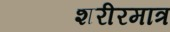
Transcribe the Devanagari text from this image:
शरीरमात्र